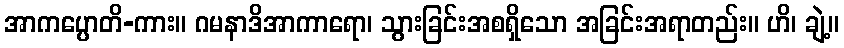
အာကပ္ပောတိ-ကား။ ဂမနာဒိအာကာရော၊ သွားခြင်းအစရှိသော အခြင်းအရာတည်း။ ဟိ၊ ချဲ့။